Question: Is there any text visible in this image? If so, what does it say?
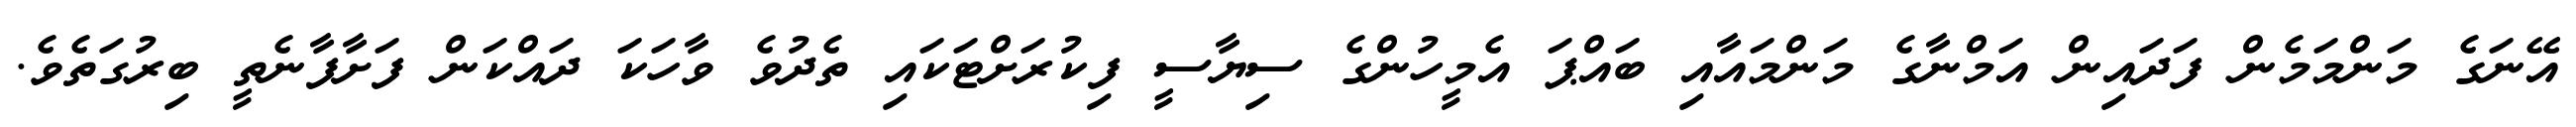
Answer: އޭނަގެ މަންމަމެން ފަދައިން އަމްނާގެ މަންމައާއި ބައްޕަ އެމީހުންގެ ސިޔާސީ ފިކުރަށްޓަކައި ތެދުވެ ވާހަކަ ދައްކަން ފަށާފާނެތީ ބިރުގަތެވެ.